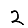
Digit: 2